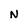
Character: N